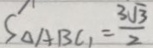
S _ { \Delta A B C _ { 1 } } = \frac { 3 \sqrt { 3 } } { 2 }